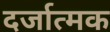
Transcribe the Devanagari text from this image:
दर्जात्मक